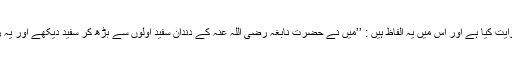
‘‘ اور امام ابن سَکن نے آپ ہی سے ایک اور طریق سے اس کو روایت کیا ہے اور اس میں یہ الفاظ ہیں : ’’میں نے حضرت نابغہ رضی اللہ عنہ کے دندان سفید اولوں سے بڑھ کر سفید دیکھے اور یہ رسول اللہ صلی اللہ علیہ وآلہ وسلم کی ان کے لیے دعا کا نتیجہ تھا۔